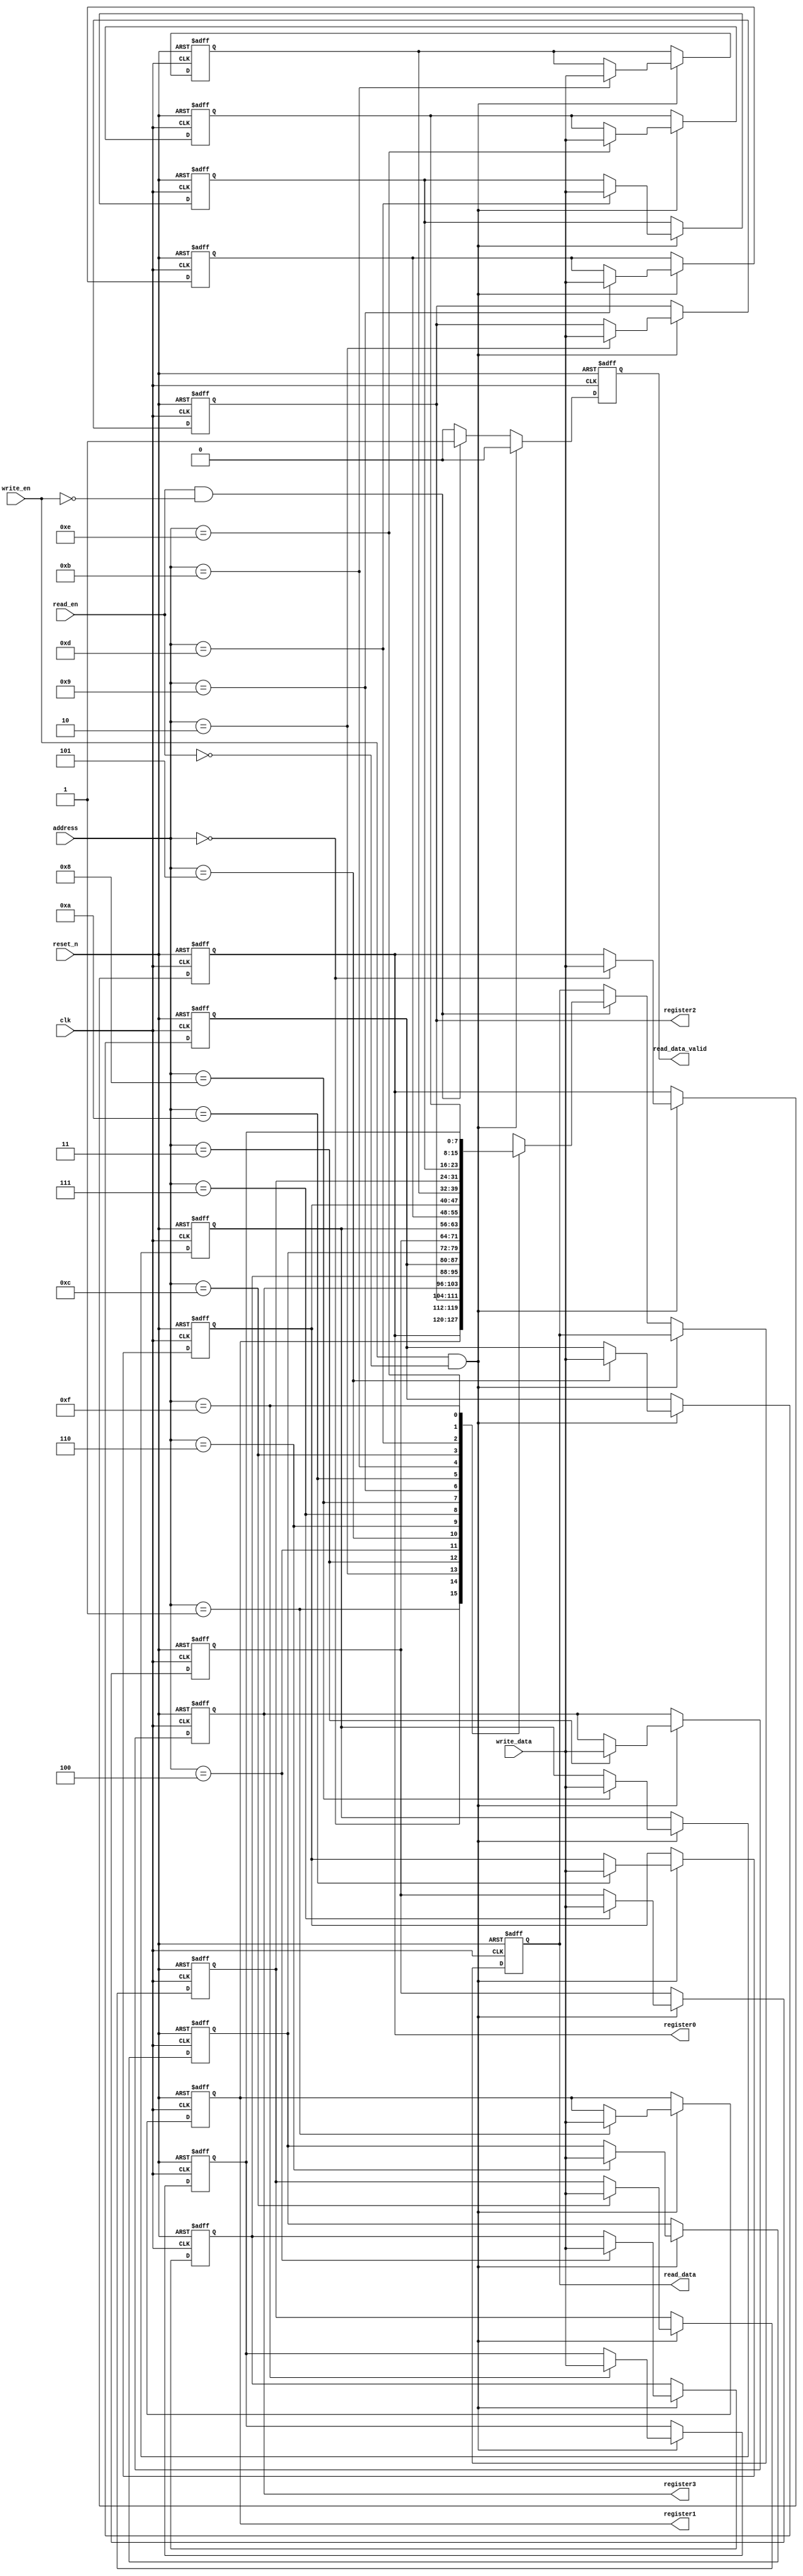
module register_file #(parameter DATA_WIDTH = 8, REGISTER_FILE_DEPTH = 16)
(
	input clk,
	input reset_n,
	input [$clog2(REGISTER_FILE_DEPTH)-1:0] address,
	input write_en,
	input [DATA_WIDTH-1:0] write_data,
	input read_en,
	
	output reg read_data_valid,
	output reg [DATA_WIDTH-1:0] read_data,
    output [DATA_WIDTH - 1:0] register0,
    output [DATA_WIDTH - 1:0] register1,
    output [DATA_WIDTH - 1:0] register2,
    output [DATA_WIDTH - 1:0] register3
);

	reg [DATA_WIDTH-1:0] memory [0:REGISTER_FILE_DEPTH-1];
	integer i;


	always @(posedge clk or negedge reset_n) 
	begin
		if(~reset_n) 
		begin
			read_data <= 0;
			read_data_valid <= 0;
			for(i = 0; i< REGISTER_FILE_DEPTH;i = i + 1)
			begin
				if(i == 2)
					memory[i] <= 'b000000_0_1;
				else if(i == 3)
					memory[i] <= 'b00_001000;
				else
					memory[i] <= 0; 		
			end
		end 
		else if(write_en && !read_en)
		begin
			memory[address] <= write_data;
			read_data_valid <= 0;
		end
		else if(read_en && ~write_en)
		begin
			read_data_valid <= 1;
			read_data <= memory[address];
		end
		else
			read_data_valid <= 0;
	end

	assign register0 = memory[0];
	assign register1 = memory[1];
	assign register2 = memory[2];
	assign register3 = memory[3];

endmodule